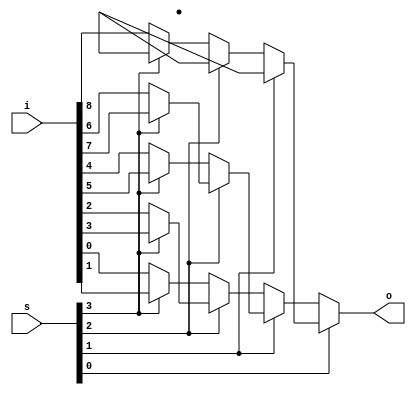
module mux_if_bal_9_1 #(parameter N=9, parameter W=1) (input [N*W-1:0] i, input [$clog2(N)-1:0] s, output reg [W-1:0] o);
always @* begin
    o <= {{W{{1'bx}}}};
    if (s[0] == 1'b0)
     if (s[1] == 1'b0)
      if (s[2] == 1'b0)
       if (s[3] == 1'b0)
        o <= i[0*W+:W];
       else
        o <= i[1*W+:W];
      else
       if (s[3] == 1'b0)
        o <= i[2*W+:W];
       else
        o <= i[3*W+:W];
     else
      if (s[2] == 1'b0)
       if (s[3] == 1'b0)
        o <= i[4*W+:W];
       else
        o <= i[5*W+:W];
      else
       if (s[3] == 1'b0)
        o <= i[6*W+:W];
       else
        o <= i[7*W+:W];
    else
     if (s[1] == 1'b0)
      if (s[2] == 1'b0)
       if (s[3] == 1'b0)
        o <= i[8*W+:W];
end
endmodule